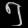
Digit: ၅